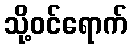
သို့ဝင်ရောက်